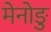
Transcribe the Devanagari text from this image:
मेनोङु